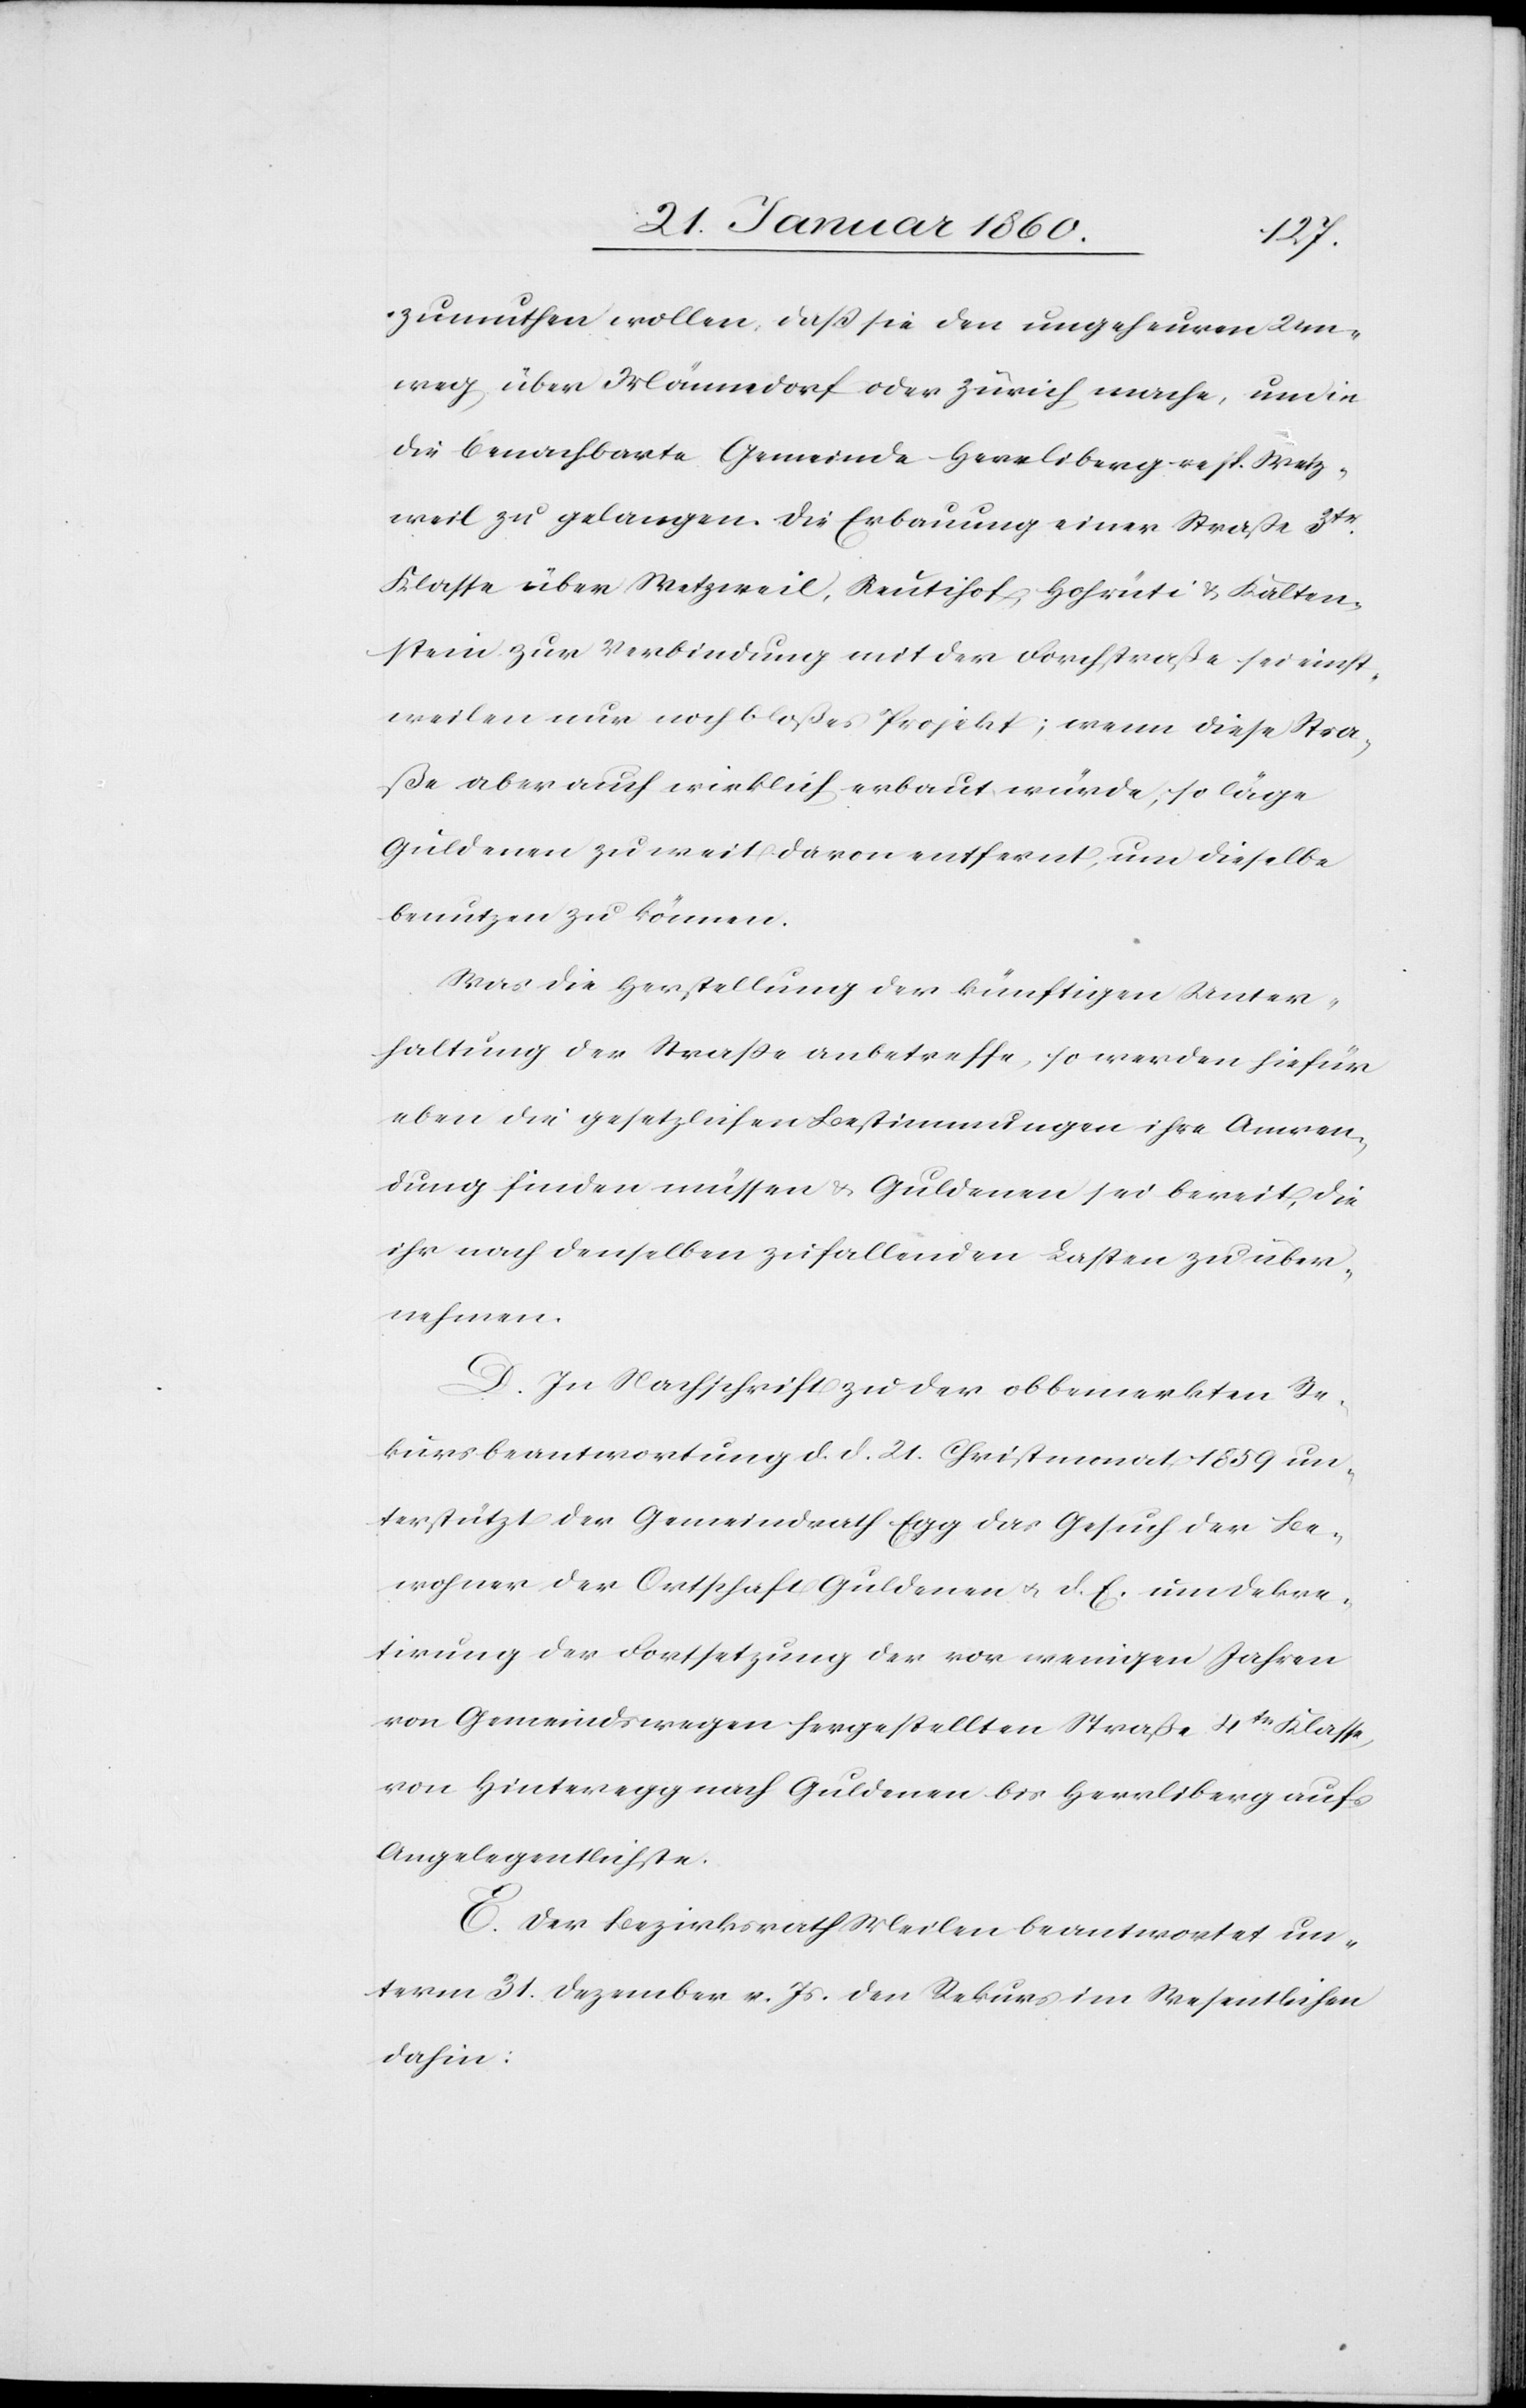
zumuthen wollen, dass sie den ungeheuren Um¬
weg, über Männedorf oder Zürich, mache, und in
die benachbarte Gemeinde Herrliberg resp. Wetz¬
weil zu gelangen. Die Erbauung einer Strasse 3tr
Klasse über Wetzweil, Reutihof, Hohrüti u. Kalten¬
stein zur Verbindung mit der Forchstrasse sei einst¬
weilen nur noch bloßes Projekt; wenn diese Stra¬
ße aber auch wirklich erbaut würde, so läge
Guldenen zu weit davon entfernt, um dieselbe
nutzten zu können.
Was die Herstellung der künftigen Unter¬
haltung der Strasse anbetreffe, so werden hiefür
eben die gesetzlichen Bestimmungen ihre Anwen¬
dung finden müssen u. Guldenen sei bereit, die
ihr nach denselben zufallenden Lasten zu über¬
nehmen.
D. in Nachschrift zu der obbemerkten Re¬
kursbeantwortung d. d. 21. Christmonat 1859 un¬
terstützt der Gemeindrath Egg das Gesuch der Be¬
wohner der Ortschaft Guldenen u. d. E. um Dekre¬
tirung der Fortsetzung der vor wenigen Jahren
von Gemeindswegen hergestellten Strasse 4tr Klase
von Hinteregg nach Guldenen bis Herrliberg aufs
Angelegentlichste.
E. Der Bezirksrath Meilen beantwortet un¬
term 31. Dezember v. Js. den Rekurs im Wesentlichen
dahin: